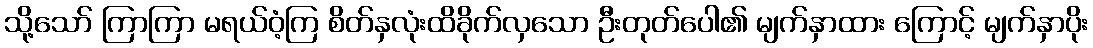
သို့သော် ကြာကြာ မရယ်ဝံ့ကြ စိတ်နှလုံးထိခိုက်လှသော ဦးတုတ်ပေါ၏ မျက်နှာထား ကြောင့် မျက်နှာပိုး